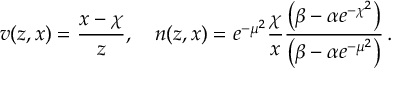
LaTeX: v ( z , x ) = \frac { x - \chi } { z } , \quad n ( z , x ) = e ^ { - \mu ^ { 2 } } \frac { \chi } { x } \frac { \left( \beta - \alpha e ^ { - \chi ^ { 2 } } \right) } { \left( \beta - \alpha e ^ { - \mu ^ { 2 } } \right) } \, .